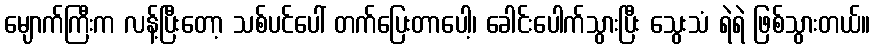
မျောက်ကြီးက လန့်ပြီးတော့ သစ်ပင်ပေါ် တက်ပြေးတာပေါ့၊ ခေါင်းပေါက်သွားပြီး သွေးသံ ရဲရဲ ဖြစ်သွားတယ်။